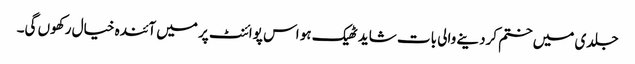
جلدی میں ختم کردینے والی بات شاید ٹھیک ہو اس پوائنٹ پر میں آئندہ خیال رکھوں گی۔